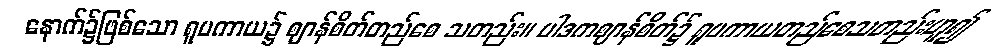
နောက်၌ဖြစ်သော ရူပကာယ၌ ဈာန်စိတ်တည်စေ သတည်း။ ပါဒကဈာန်စိတ်၌ ရူပကာယတည်စေသတည်းဟူ၍